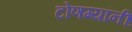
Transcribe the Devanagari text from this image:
टोणग्यांनीं